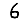
Digit: 6